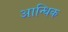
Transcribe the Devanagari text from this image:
आन्धिक